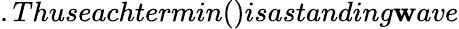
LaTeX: .Thuseachtermin()isastanding\mathbf{w}ave